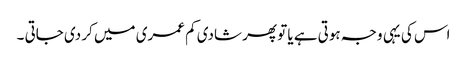
اس کی یہی وجہ ہوتی ہے یا تو پھر شادی کم عمری میں کر دی جاتی ۔